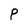
Character: P